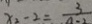
x _ { 2 } - 2 = \frac { 3 } { a - 2 }